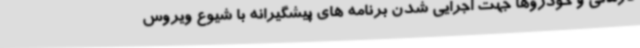
درمانی و خودروها جهت اجرایی شدن برنامه های پیشگیرانه با شیوع ویروس